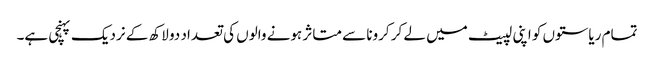
تمام ریاستوں کو اپنی لپیٹ میں لے کر کرونا سے متاثر ہونے والوں کی تعداد دو لاکھ کے نردیک پہنچی ہے۔